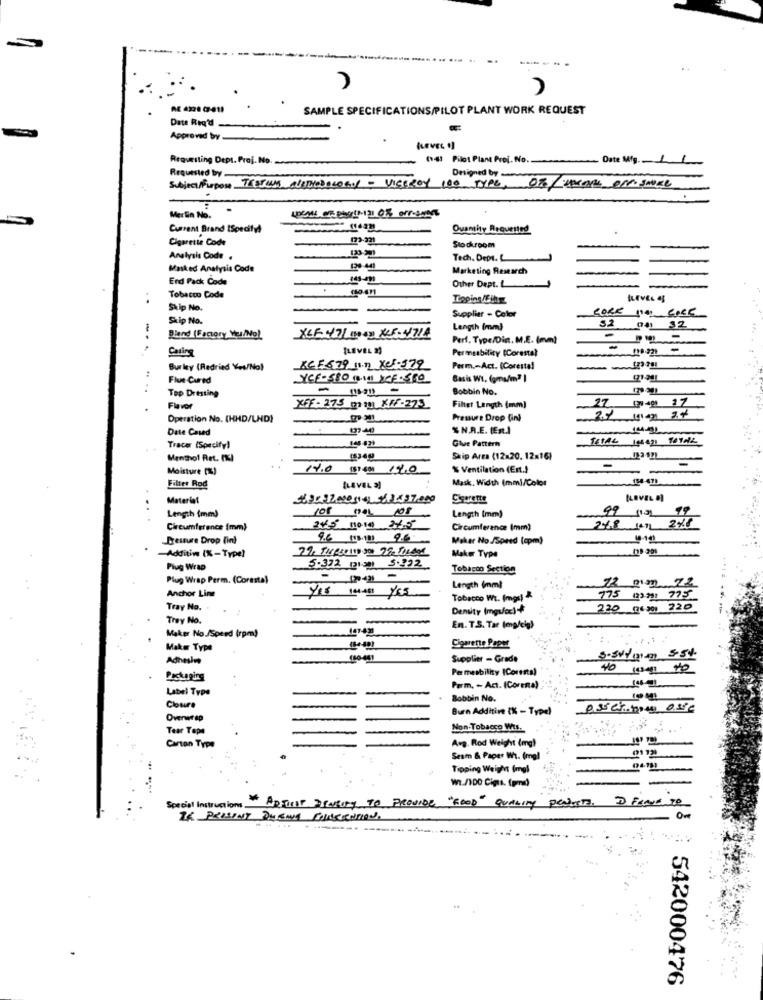
SAMPLE SPECIFICATIONS/PILOT PLANT WORK REQUEST
Date Req'd
Approved by
(LEVEL 1]
Requesting Dept. Prof. No.
(14) Pilot Plant Prei. No.
- Date Mig.
Requested by
Designed by
Subject/Purpose TESTING ALETHODOLOGIY - VICEROY 100 TYPE, OF UpCON OM SAUCE
.
Merlin No.
Current Brand ISpecify!
Quantity Requested
Cigarette Code
Stockroom
Analysis Code .
Tech. Dept. L
Masked Analysis Code
₾2-44
Marketing Research
End Pack Code
Other Dept. L
..
Tobacco Code
Skip No.
-
CORE ne COCK
Skip No.
Supplier - Color
Length (mm)
52 04 32
Bland (Factory Mes/Mol
Perf. Type/Dic. M.E. (mm)
Casing
[LEVEL 33
Permeability (Corestal
Bur ley (Redried Yes/No)
KCE679 11.1 x1-379
Perm .- Act. (Corestal
.. .
Flue Cured
YCE-580 (3. sal CE.560
Basis Wt. (gma/m? ]
Top Dressing
Bobbin No.
Flavor
XFF- 275 01101 KFF-273
Filter Length (mm)
27. 149 37
Operation No. (HHD/LND)
Pressure Drop fini
Date Cased
% N.A.E. (Est.]
Ghe Pattern
Tracer (Specify!
Menthol Ret. (%)
Skip Arra (12x20. 12x16)
Moisture [%)
..
14.0 ($1 60) 14.0
% Ventilation (Est.)
-
Mask, Width (mm)/Color
Filter Rod
[LEVEL 33
Materief
Sigerente
108 mol 10
00
Length (mm)
Length (mm)
Circumference (mm)
215 nota 27.5
Circumference (mm)
24.8 1471 218
Pressure Drop (in)
9.6 (15.13] 96
Maker No./Speed (cpm)
8-10
Maker Type
Additin (X-Type)
Plug Wrap
5.372. (21-201 5.122
Tobacco Section
Plug Wrap Perm. (Coresta)
-
-
Anchor Line
Length (mm)
12 mm 72
YES 14ANS YES
Tobacco Wt. Impr)
775 (23221 775
Tray No.
Density (mgu/cc)
220 (26 301 220
Trey No.
En. T.S. Tax (mp/cig)
Maker No./Speed (rpm)
Make Type
Cigarette Paper
Adhesive
Supplier - Grade
3.Svýmm 55%
Permeability (Corents)
Packaging
Label Type
Perm. - Act. (Corena)
Bobbin No.
Coure
Burn Additive IX - Typdl
osser mou osse
Overwrap
Tear Tope
Non-Tobacco Wtf.
Avg. Rod Weight (mg)
Carton Type
(192
Sesm & Paper Wi. (mngl
Tipping Weight Imgl
Wt./100 Cigis. (pmi)
Special Instructions __
* ApFirst DENtity TO PROVIDE "GOOD" QUALITY PENLISTA. D FREUE TO
T4 PROSENT DUBNA POLSCECNTION.
......
....
542000476